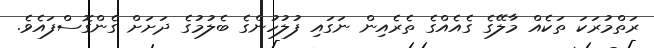
ރަތްމުރަކަ ތަކެއް މާލޭގެ ގެއެއްގެ ތެރެއިން ނަގައި ފުލުހުންގެ ބެލުމުގެ ދަށަށް ގެންގޮސްފައެވެ.